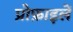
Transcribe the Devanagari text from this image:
प्रोफ़ाइलें